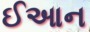
ઈઆન